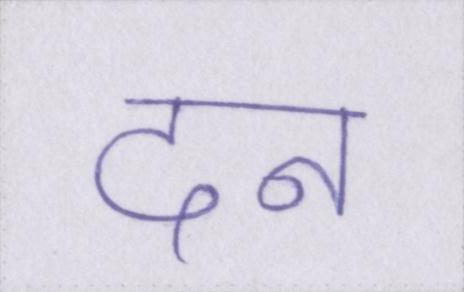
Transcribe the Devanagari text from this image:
दन